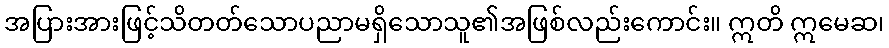
အပြားအားဖြင့်သိတတ်သောပညာမရှိသောသူ၏အဖြစ်လည်းကောင်း။ ဣတိ ဣမေဆ၊